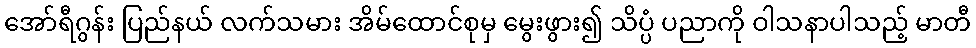
အော်ရီဂွန်း ပြည်နယ် လက်သမား အိမ်ထောင်စုမှ မွေးဖွား၍ သိပ္ပံ ပညာကို ဝါသနာပါသည့် မာတီ